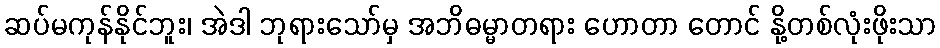
ဆပ်မကုန်နိုင်ဘူး၊ အဲဒါ ဘုရားသော်မှ အဘိဓမ္မာတရား ဟောတာ တောင် နို့တစ်လုံးဖိုးသာ